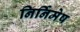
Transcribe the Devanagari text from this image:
निर्निमेष